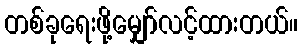
တစ်ခုရေးဖို့မျှော်လင့်ထားတယ်။